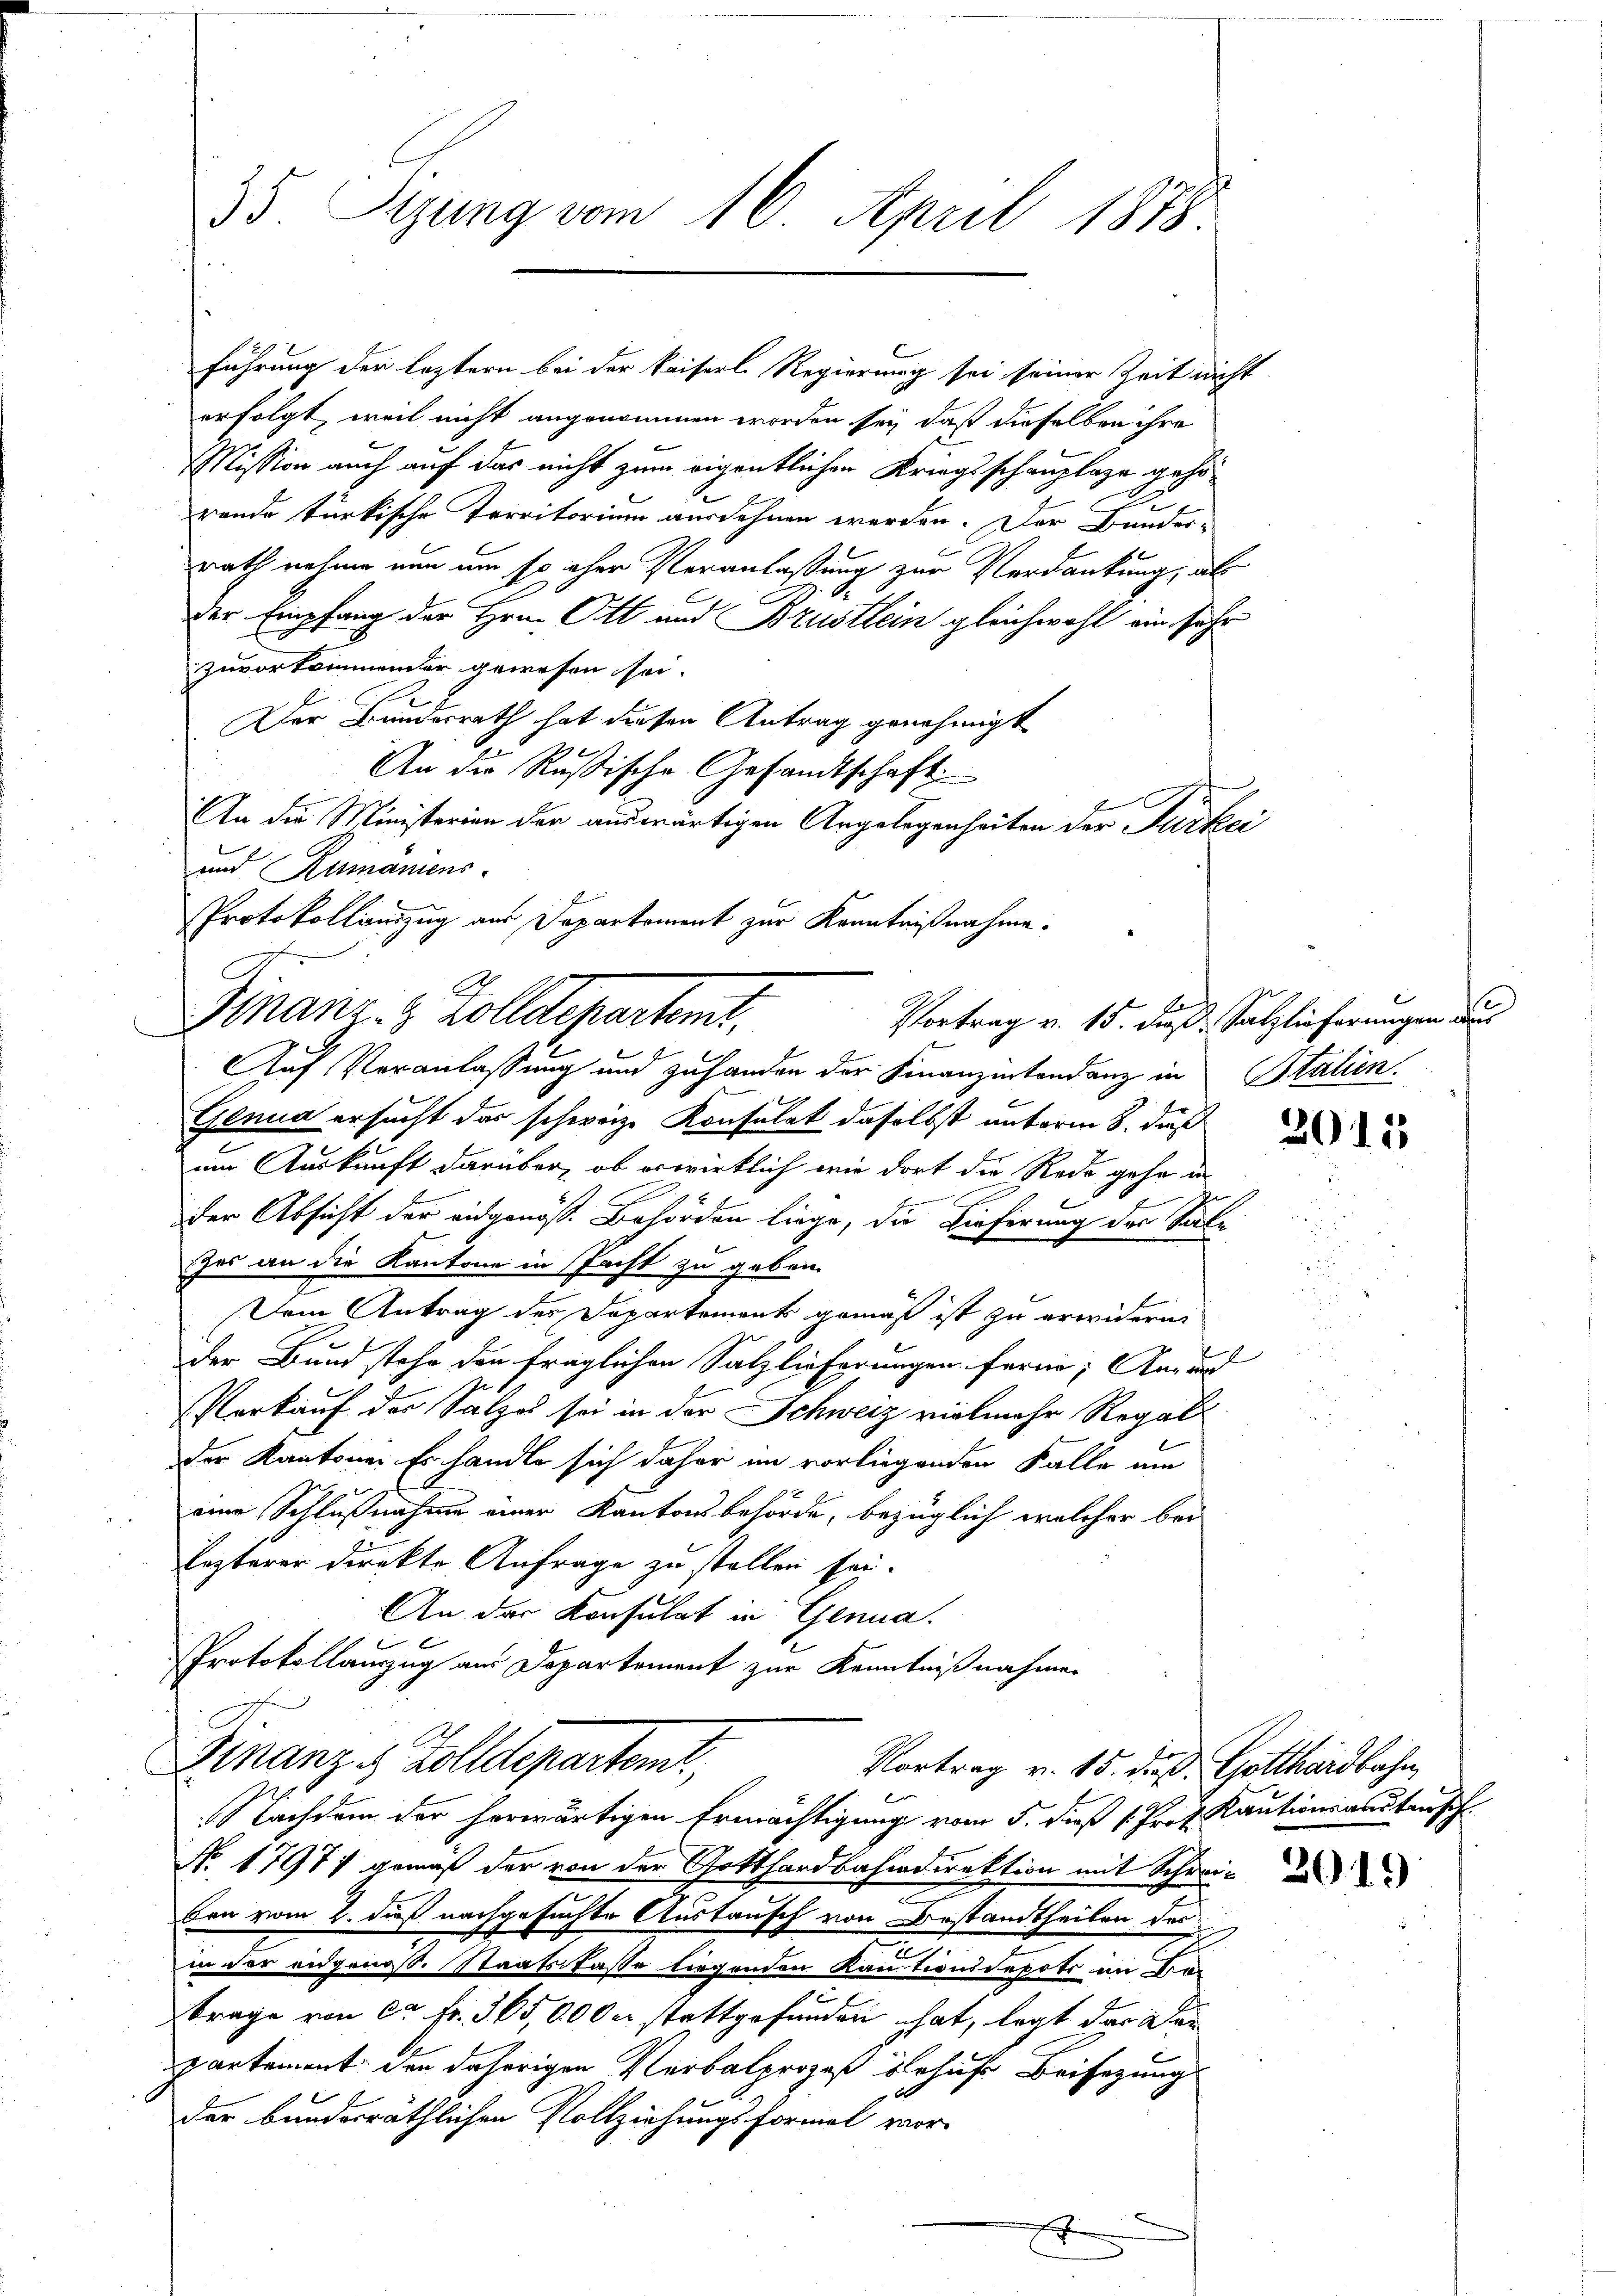
erfolgt, weil nicht angenommen worden sey, daß dieselben ihre
e
Mission auch auf das nicht zum eigentlichen Kriegsschauplaze gehö¬
2
rende türkische Territorium ausdehnen werden. Der Bunder-
rath nahme nun um so eher Veranlassung zur Verdankung, als
der Empfang der Hrn. Ott und Brustlein gleichwohl ein sehr
zuvorkommender gewesen sei.
Der Bundesrath hat diesen Antrag genehmigt
An die Rußische Gesandtschaft
An die Ministerien der auswärtigen Angelegenheiten der Türkei
und Rumaniens
Protokollauszug aus Deparkoment zur Kenntnißnahme.
Auf Veranlassung und zuhanden der Finanzintendanz in Italien
Genua ersucht das schweiz. Konsulat daselbst unterm 8. daß
um Auskunft darüber, ob erwirklich wie dort die Rede gehe in
.
der Absicht der eidgenöß. Behörden liege, die Lieferung des Sal-
szes an die Kantone in Pacht zu geben.
Dem Antrag des Departements gemäß ist zu erwidern.
der Bund stehe den träglichen Salzlieferungen ferne, an und
Verkauf des Salzes sei in der Schweiz vielmehr Regal
der Kantone. Es handle sich daher im vorliegenden Falle am
eine Schlußnahme einer Kantonsbehörde, bezüglich welcher bei
Lezterer direkte Anfrage zu stellen sei.
An der Konsulat in Genua
Protokollauszug aus Departement zur Kenntnißnahmen
Finanz & Zolldepartem
Vortrag v. 15. dieß. Gotthardbahn,
Nachdem der herwärtigen Ermächtigung vom 5. dieß 1. Prof. Kautionsantensch
No. 1797. gemäß der von der Gotthardbahndirektion mit Schrei¬
Ern vom 2. dieß nachgesuchte Austausch von Bestandtheilen des
.
in der eidgenos. Staatskasse liegenden Kautionsdepots im Kan
trage von ca Fr. 365,000 stattgefunden hat, legt der der
partement den daherigen Verbalprozeß behufs Beifügung
der bundesräthlichen Vollziehungsformel vor-
.

35. Sizung vom 16. April 1878.

führung der leztern bei der Kaiserl. Regierung sei seiner Zeit nicht

1
Finanz- & Zolldeparten.
Vortrag v. 15. dieß Salzlieferungen aus

2015

2019